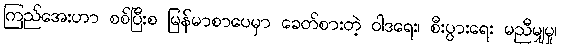
ကြည်အေးဟာ စစ်ပြီးစ မြန်မာစာပေမှာ ခေတ်စားတဲ့ ဝါဒရေး၊ စီးပွားရေး မညီမျှမှု၊